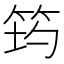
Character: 𥭀